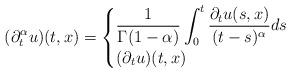
LaTeX: \begin{align*}(\partial_t^\alpha u)(t,x)=\begin{cases}\displaystyle\frac{1}{\Gamma(1-\alpha)}\int_0^t\frac{\partial_tu(s,x)}{(t-s)^\alpha}ds\quad&\\(\partial_tu)(t,x)\quad&\end{cases}\end{align*}